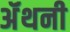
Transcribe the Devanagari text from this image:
ॲंथनी